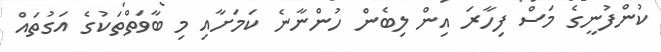
ކުންފުނީގެ މަސް ފިހާރަ އިން ލިބެން ހުންނާނެ ކަމަށާއި މި ބާވަތްތަކުގެ އަގުތައް